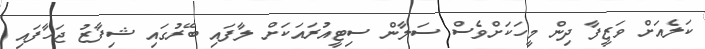
ކަލެއަށް ވަޒީފާ ދިން މީހަކަށްވެސް ސަލާން ސިޓީއުރައަކަށް ލާފައި ބޭރުގައި ޝިފާޒު ޖަހާފައި